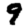
Digit: 9